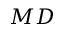
M D